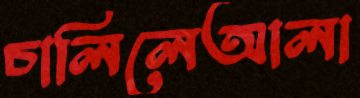
চালিলেআলা